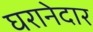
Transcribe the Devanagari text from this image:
घरानेदार